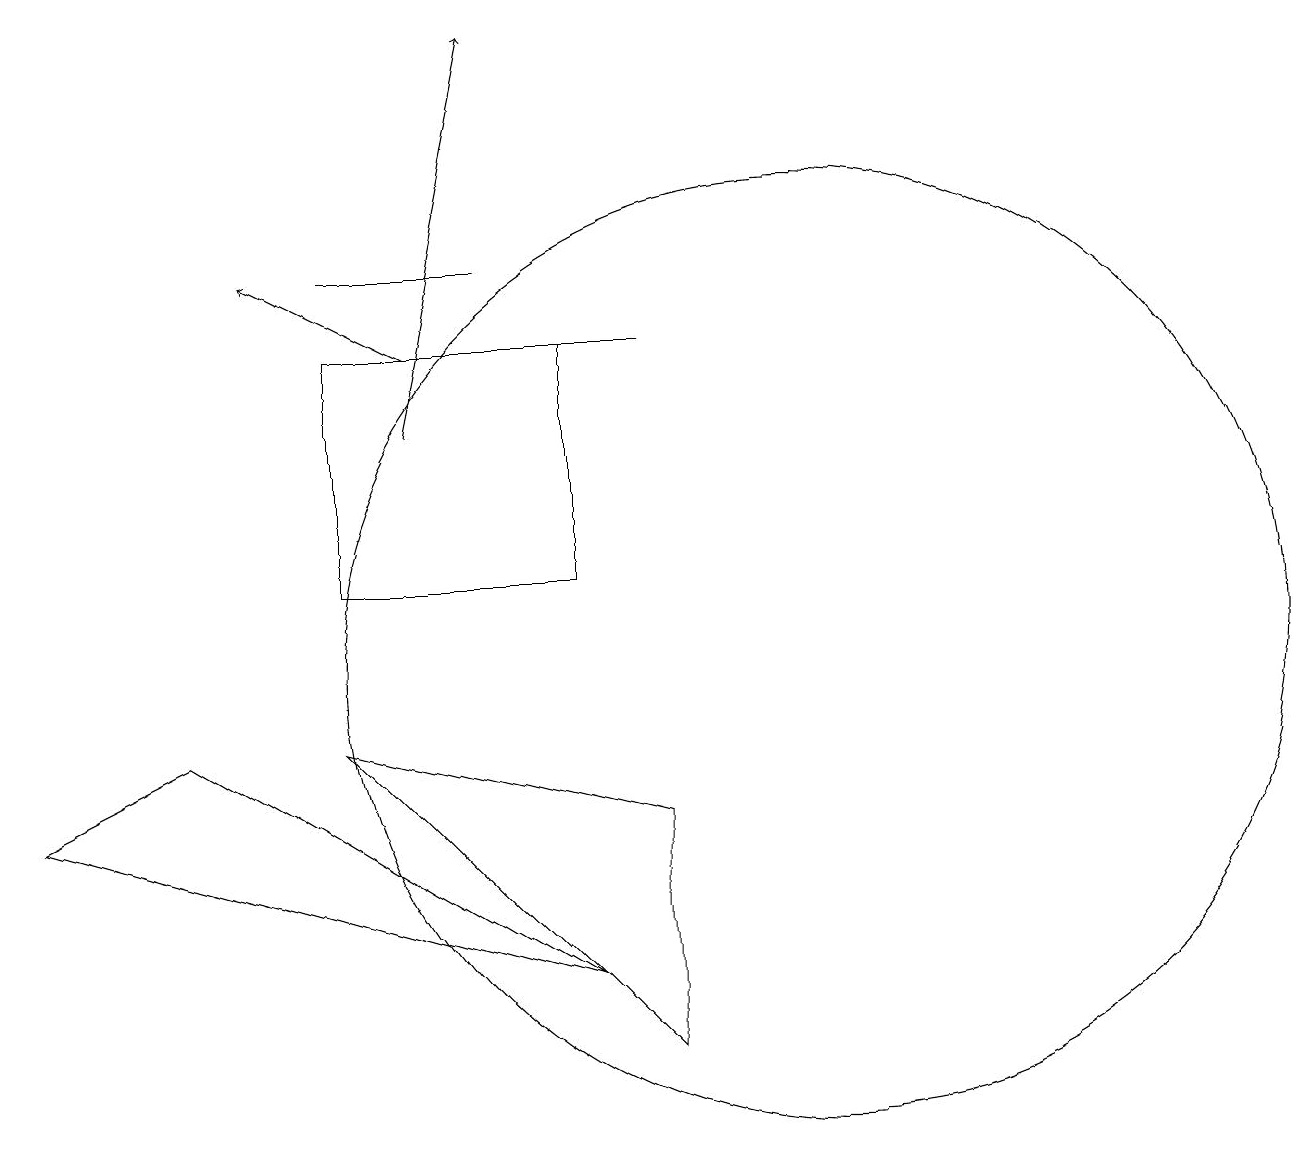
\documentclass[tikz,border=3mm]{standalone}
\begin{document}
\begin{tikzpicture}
\draw (9,8) -- (5,9) -- (9,5) -- cycle;
\draw (8,11) rectangle (5,14);
\draw (11,10) circle (6);
\draw[->] (6,13) -- (7,18);
\draw[->] (6,14) -- (4,15);
\draw (5,15) rectangle (7,15);
\draw (3,9) -- (8,6) -- (1,8) -- cycle;
\draw (6,14) rectangle (9,14);
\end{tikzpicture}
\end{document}